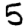
Digit: 5